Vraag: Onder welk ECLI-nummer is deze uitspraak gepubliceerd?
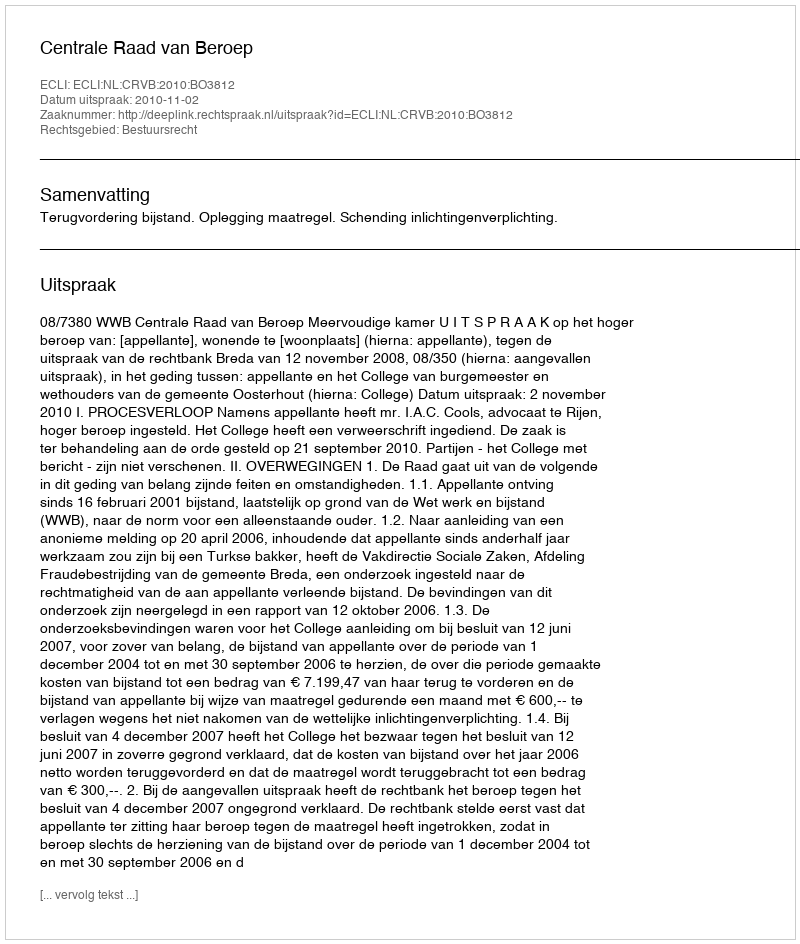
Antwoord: ECLI:NL:CRVB:2010:BO3812